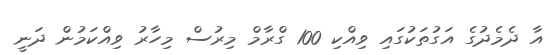
އާ ދެމެދުގެ އަގުތަކުގައި ވިއްކި 100 ގްރާމް މިރުސް މިހާރު ވިއްކަމުން ދަނީ